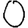
Digit: 0